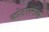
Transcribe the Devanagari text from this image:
कोटरामध्ये